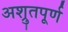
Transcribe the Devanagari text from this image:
अश्रुतपूर्ण